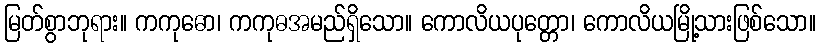
မြတ်စွာဘုရား။ ကကုဓော၊ ကကုဓအမည်ရှိသော။ ကောလိယပုတ္တော၊ ကောလိယမြို့သားဖြစ်သော။